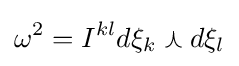
\omega ^{2}=I^{kl}d\xi _{k}\curlywedge d\xi _{l}